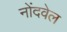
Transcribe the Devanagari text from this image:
नोंदवेल